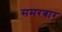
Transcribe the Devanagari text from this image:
समरबार